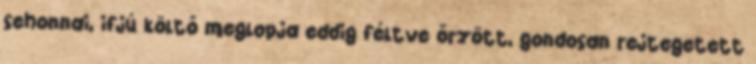
sehonnai, ifjú költő meglopja eddig féltve őrzött, gondosan rejtegetett